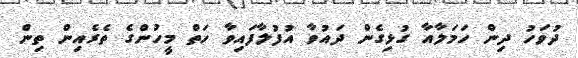
ދުވަހު ދިން ހަމަލާއާ ގުޅިގެން ދައުވާ އުފުލާފައިވާ ހަތް މީހުންގެ ތެރެއިން ތިން